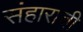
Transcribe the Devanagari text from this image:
संहाराची